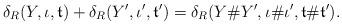
LaTeX: \begin{align*}\delta_R(Y, \iota, \mathfrak{t}) + \delta_R(Y', \iota', \mathfrak{t}') = \delta_R(Y\# Y', \iota \# \iota' , \mathfrak{t} \#\mathfrak{t}' ) .\end{align*}